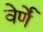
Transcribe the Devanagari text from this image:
वेर्णें